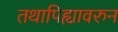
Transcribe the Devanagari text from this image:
तथापिह्यावरुन